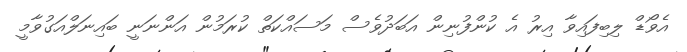
އެވޯޑް ލިބިފައިވާ އިރު އެ ކުންފުނިން އަބަދުވެސް މަސައްކަތް ކުރަމުން އަންނަނީ ބައިނަލްއަގުވާމީ